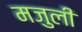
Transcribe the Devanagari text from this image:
मजुली